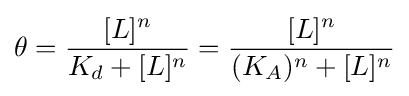
\theta ={\frac {[L]^{n}}{K_{d}+[L]^{n}}}={\frac {[L]^{n}}{(K_{A})^{n}+[L]^{n}}}